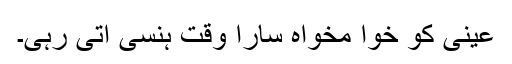
عینی کو خوا مخواہ سارا وقت ہنسی آتی رہی۔